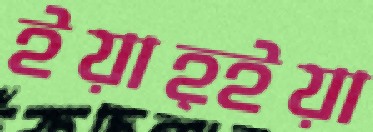
ইয়াহ্ইয়া